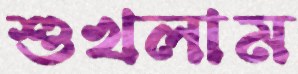
শুখলাম